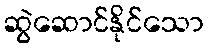
ဆွဲဆောင်နိုင်သော